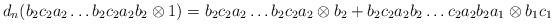
\begin{align*}d_n(b_2c_2a_2 \dots b_2c_2a_2b_2 \otimes 1) = b_2c_2a_2 \dots b_2c_2a_2 \otimes b_2 + b_2c_2a_2b_2 \dots c_2a_2b_2a_1 \otimes b_1c_1\end{align*}